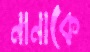
নানাকে